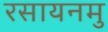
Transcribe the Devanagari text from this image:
रसायनमु